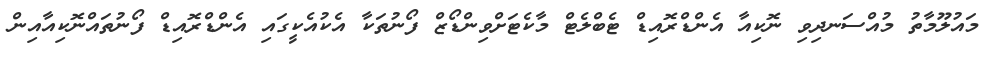
މައުލޫމާތު މުއްސަނދިވި ނޮކިއާ އެންޑްރޮއިޑް ޓެބްލެޓް މާކެޓަށްވިންޑޯޒް ފޯނުތަކާ އެކުއެކީގައި އެންޑްރޮއިޑް ފޯނުތައްނޮކިއާއިން